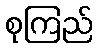
စုကြည်